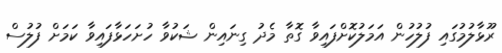
ރޫޅާލުމުގައި ފުލުހުން އަމަލުކޮށްފައިވާ ގޮތާ މެދު ގިނައިން ޝަކުވާ ހުށަހަޅާފައިވާ ކަމަށް ފުލުސް